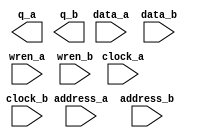
// megafunction wizard: %RAM: 2-PORT%VBB%
// GENERATION: STANDARD
// VERSION: WM1.0
// MODULE: altsyncram 

// ============================================================
// Megafunction Name(s):
// 			altsyncram
//
// Simulation Library Files(s):
// 			altera_mf
// ============================================================
// ************************************************************
// THIS IS A WIZARD-GENERATED FILE. DO NOT EDIT THIS FILE!
//
// 15.1.0 Build 185 10/21/2015 SJ Lite Edition
// ************************************************************

//Copyright (C) 1991-2015 Altera Corporation. All rights reserved.
//Your use of Altera Corporation's design tools, logic functions 
//and other software and tools, and its AMPP partner logic 
//functions, and any output files from any of the foregoing 
//(including device programming or simulation files), and any 
//associated documentation or information are expressly subject 
//to the terms and conditions of the Altera Program License 
//Subscription Agreement, the Altera Quartus Prime License Agreement,
//the Altera MegaCore Function License Agreement, or other 
//applicable license agreement, including, without limitation, 
//that your use is for the sole purpose of programming logic 
//devices manufactured by Altera and sold by Altera or its 
//authorized distributors.  Please refer to the applicable 
//agreement for further details.

module dual_ram (
	address_a,
	address_b,
	clock_a,
	clock_b,
	data_a,
	data_b,
	wren_a,
	wren_b,
	q_a,
	q_b);

	input	[14:0]  address_a;
	input	[14:0]  address_b;
	input	  clock_a;
	input	  clock_b;
	input	[31:0]  data_a;
	input	[31:0]  data_b;
	input	  wren_a;
	input	  wren_b;
	output	[31:0]  q_a;
	output	[31:0]  q_b;
`ifndef ALTERA_RESERVED_QIS
// synopsys translate_off
`endif
	tri1	  clock_a;
	tri0	  wren_a;
	tri0	  wren_b;
`ifndef ALTERA_RESERVED_QIS
// synopsys translate_on
`endif

endmodule

// ============================================================
// CNX file retrieval info
// ============================================================
// Retrieval info: PRIVATE: ADDRESSSTALL_A NUMERIC "0"
// Retrieval info: PRIVATE: ADDRESSSTALL_B NUMERIC "0"
// Retrieval info: PRIVATE: BYTEENA_ACLR_A NUMERIC "0"
// Retrieval info: PRIVATE: BYTEENA_ACLR_B NUMERIC "0"
// Retrieval info: PRIVATE: BYTE_ENABLE_A NUMERIC "0"
// Retrieval info: PRIVATE: BYTE_ENABLE_B NUMERIC "0"
// Retrieval info: PRIVATE: BYTE_SIZE NUMERIC "8"
// Retrieval info: PRIVATE: BlankMemory NUMERIC "0"
// Retrieval info: PRIVATE: CLOCK_ENABLE_INPUT_A NUMERIC "0"
// Retrieval info: PRIVATE: CLOCK_ENABLE_INPUT_B NUMERIC "0"
// Retrieval info: PRIVATE: CLOCK_ENABLE_OUTPUT_A NUMERIC "0"
// Retrieval info: PRIVATE: CLOCK_ENABLE_OUTPUT_B NUMERIC "0"
// Retrieval info: PRIVATE: CLRdata NUMERIC "0"
// Retrieval info: PRIVATE: CLRq NUMERIC "0"
// Retrieval info: PRIVATE: CLRrdaddress NUMERIC "0"
// Retrieval info: PRIVATE: CLRrren NUMERIC "0"
// Retrieval info: PRIVATE: CLRwraddress NUMERIC "0"
// Retrieval info: PRIVATE: CLRwren NUMERIC "0"
// Retrieval info: PRIVATE: Clock NUMERIC "5"
// Retrieval info: PRIVATE: Clock_A NUMERIC "0"
// Retrieval info: PRIVATE: Clock_B NUMERIC "0"
// Retrieval info: PRIVATE: IMPLEMENT_IN_LES NUMERIC "0"
// Retrieval info: PRIVATE: INDATA_ACLR_B NUMERIC "0"
// Retrieval info: PRIVATE: INDATA_REG_B NUMERIC "1"
// Retrieval info: PRIVATE: INIT_FILE_LAYOUT STRING "PORT_A"
// Retrieval info: PRIVATE: INIT_TO_SIM_X NUMERIC "0"
// Retrieval info: PRIVATE: INTENDED_DEVICE_FAMILY STRING "Cyclone IV GX"
// Retrieval info: PRIVATE: JTAG_ENABLED NUMERIC "0"
// Retrieval info: PRIVATE: JTAG_ID STRING "NONE"
// Retrieval info: PRIVATE: MAXIMUM_DEPTH NUMERIC "0"
// Retrieval info: PRIVATE: MEMSIZE NUMERIC "1048576"
// Retrieval info: PRIVATE: MEM_IN_BITS NUMERIC "0"
// Retrieval info: PRIVATE: MIFfilename STRING "../prueba2.mif"
// Retrieval info: PRIVATE: OPERATION_MODE NUMERIC "3"
// Retrieval info: PRIVATE: OUTDATA_ACLR_B NUMERIC "0"
// Retrieval info: PRIVATE: OUTDATA_REG_B NUMERIC "1"
// Retrieval info: PRIVATE: RAM_BLOCK_TYPE NUMERIC "0"
// Retrieval info: PRIVATE: READ_DURING_WRITE_MODE_MIXED_PORTS NUMERIC "2"
// Retrieval info: PRIVATE: READ_DURING_WRITE_MODE_PORT_A NUMERIC "3"
// Retrieval info: PRIVATE: READ_DURING_WRITE_MODE_PORT_B NUMERIC "3"
// Retrieval info: PRIVATE: REGdata NUMERIC "1"
// Retrieval info: PRIVATE: REGq NUMERIC "1"
// Retrieval info: PRIVATE: REGrdaddress NUMERIC "0"
// Retrieval info: PRIVATE: REGrren NUMERIC "0"
// Retrieval info: PRIVATE: REGwraddress NUMERIC "1"
// Retrieval info: PRIVATE: REGwren NUMERIC "1"
// Retrieval info: PRIVATE: SYNTH_WRAPPER_GEN_POSTFIX STRING "0"
// Retrieval info: PRIVATE: USE_DIFF_CLKEN NUMERIC "0"
// Retrieval info: PRIVATE: UseDPRAM NUMERIC "1"
// Retrieval info: PRIVATE: VarWidth NUMERIC "1"
// Retrieval info: PRIVATE: WIDTH_READ_A NUMERIC "32"
// Retrieval info: PRIVATE: WIDTH_READ_B NUMERIC "32"
// Retrieval info: PRIVATE: WIDTH_WRITE_A NUMERIC "32"
// Retrieval info: PRIVATE: WIDTH_WRITE_B NUMERIC "32"
// Retrieval info: PRIVATE: WRADDR_ACLR_B NUMERIC "0"
// Retrieval info: PRIVATE: WRADDR_REG_B NUMERIC "1"
// Retrieval info: PRIVATE: WRCTRL_ACLR_B NUMERIC "0"
// Retrieval info: PRIVATE: enable NUMERIC "0"
// Retrieval info: PRIVATE: rden NUMERIC "0"
// Retrieval info: LIBRARY: altera_mf altera_mf.altera_mf_components.all
// Retrieval info: CONSTANT: ADDRESS_REG_B STRING "CLOCK1"
// Retrieval info: CONSTANT: CLOCK_ENABLE_INPUT_A STRING "BYPASS"
// Retrieval info: CONSTANT: CLOCK_ENABLE_INPUT_B STRING "BYPASS"
// Retrieval info: CONSTANT: CLOCK_ENABLE_OUTPUT_A STRING "BYPASS"
// Retrieval info: CONSTANT: CLOCK_ENABLE_OUTPUT_B STRING "BYPASS"
// Retrieval info: CONSTANT: INDATA_REG_B STRING "CLOCK1"
// Retrieval info: CONSTANT: INIT_FILE STRING "../prueba2.mif"
// Retrieval info: CONSTANT: INIT_FILE_LAYOUT STRING "PORT_A"
// Retrieval info: CONSTANT: INTENDED_DEVICE_FAMILY STRING "Cyclone IV GX"
// Retrieval info: CONSTANT: LPM_TYPE STRING "altsyncram"
// Retrieval info: CONSTANT: NUMWORDS_A NUMERIC "32768"
// Retrieval info: CONSTANT: NUMWORDS_B NUMERIC "32768"
// Retrieval info: CONSTANT: OPERATION_MODE STRING "BIDIR_DUAL_PORT"
// Retrieval info: CONSTANT: OUTDATA_ACLR_A STRING "NONE"
// Retrieval info: CONSTANT: OUTDATA_ACLR_B STRING "NONE"
// Retrieval info: CONSTANT: OUTDATA_REG_A STRING "CLOCK0"
// Retrieval info: CONSTANT: OUTDATA_REG_B STRING "CLOCK1"
// Retrieval info: CONSTANT: POWER_UP_UNINITIALIZED STRING "FALSE"
// Retrieval info: CONSTANT: READ_DURING_WRITE_MODE_PORT_A STRING "NEW_DATA_NO_NBE_READ"
// Retrieval info: CONSTANT: READ_DURING_WRITE_MODE_PORT_B STRING "NEW_DATA_NO_NBE_READ"
// Retrieval info: CONSTANT: WIDTHAD_A NUMERIC "15"
// Retrieval info: CONSTANT: WIDTHAD_B NUMERIC "15"
// Retrieval info: CONSTANT: WIDTH_A NUMERIC "32"
// Retrieval info: CONSTANT: WIDTH_B NUMERIC "32"
// Retrieval info: CONSTANT: WIDTH_BYTEENA_A NUMERIC "1"
// Retrieval info: CONSTANT: WIDTH_BYTEENA_B NUMERIC "1"
// Retrieval info: CONSTANT: WRCONTROL_WRADDRESS_REG_B STRING "CLOCK1"
// Retrieval info: USED_PORT: address_a 0 0 15 0 INPUT NODEFVAL "address_a[14..0]"
// Retrieval info: USED_PORT: address_b 0 0 15 0 INPUT NODEFVAL "address_b[14..0]"
// Retrieval info: USED_PORT: clock_a 0 0 0 0 INPUT VCC "clock_a"
// Retrieval info: USED_PORT: clock_b 0 0 0 0 INPUT NODEFVAL "clock_b"
// Retrieval info: USED_PORT: data_a 0 0 32 0 INPUT NODEFVAL "data_a[31..0]"
// Retrieval info: USED_PORT: data_b 0 0 32 0 INPUT NODEFVAL "data_b[31..0]"
// Retrieval info: USED_PORT: q_a 0 0 32 0 OUTPUT NODEFVAL "q_a[31..0]"
// Retrieval info: USED_PORT: q_b 0 0 32 0 OUTPUT NODEFVAL "q_b[31..0]"
// Retrieval info: USED_PORT: wren_a 0 0 0 0 INPUT GND "wren_a"
// Retrieval info: USED_PORT: wren_b 0 0 0 0 INPUT GND "wren_b"
// Retrieval info: CONNECT: @address_a 0 0 15 0 address_a 0 0 15 0
// Retrieval info: CONNECT: @address_b 0 0 15 0 address_b 0 0 15 0
// Retrieval info: CONNECT: @clock0 0 0 0 0 clock_a 0 0 0 0
// Retrieval info: CONNECT: @clock1 0 0 0 0 clock_b 0 0 0 0
// Retrieval info: CONNECT: @data_a 0 0 32 0 data_a 0 0 32 0
// Retrieval info: CONNECT: @data_b 0 0 32 0 data_b 0 0 32 0
// Retrieval info: CONNECT: @wren_a 0 0 0 0 wren_a 0 0 0 0
// Retrieval info: CONNECT: @wren_b 0 0 0 0 wren_b 0 0 0 0
// Retrieval info: CONNECT: q_a 0 0 32 0 @q_a 0 0 32 0
// Retrieval info: CONNECT: q_b 0 0 32 0 @q_b 0 0 32 0
// Retrieval info: GEN_FILE: TYPE_NORMAL dual_ram.v TRUE
// Retrieval info: GEN_FILE: TYPE_NORMAL dual_ram.inc FALSE
// Retrieval info: GEN_FILE: TYPE_NORMAL dual_ram.cmp FALSE
// Retrieval info: GEN_FILE: TYPE_NORMAL dual_ram.bsf TRUE
// Retrieval info: GEN_FILE: TYPE_NORMAL dual_ram_inst.v FALSE
// Retrieval info: GEN_FILE: TYPE_NORMAL dual_ram_bb.v TRUE
// Retrieval info: LIB_FILE: altera_mf